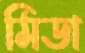
মিডা